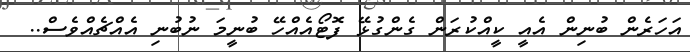
އަހަރެން ބުނިން އެއީ ކީއްކުރަން ގެންގުޅޭ ފޮޓޯއެއްހޭ ބުނީމަ ނުބުނި އެއްޗެއްވެސް..